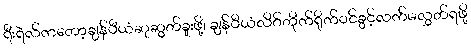
ရီးရဲလ်ကတော့ချန်ပီယံဆုဆွတ်ခူးဖို့၊ ချန်ပီယံလိဂ်တိုက်ရိုက်ဝင်ခွင့်လက်မလွှတ်ရဖို့